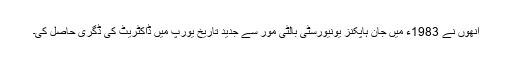
اُنھوں نے 1983ء میں جان ہاپکنز یونیورسٹی بالٹی مور سے جدید تاریخ یورپ میں ڈاکٹریٹ کی ڈگری حاصل کی۔